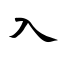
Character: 入